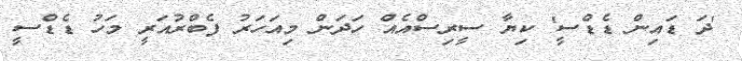
'ދަ ޑައިން ޑެޑްސީ' ކިޔާ ސީރިސްއެއް ހަދަން މިއަހަރު ފެބްރުއަރީ މަހު ޑެޑްސީ